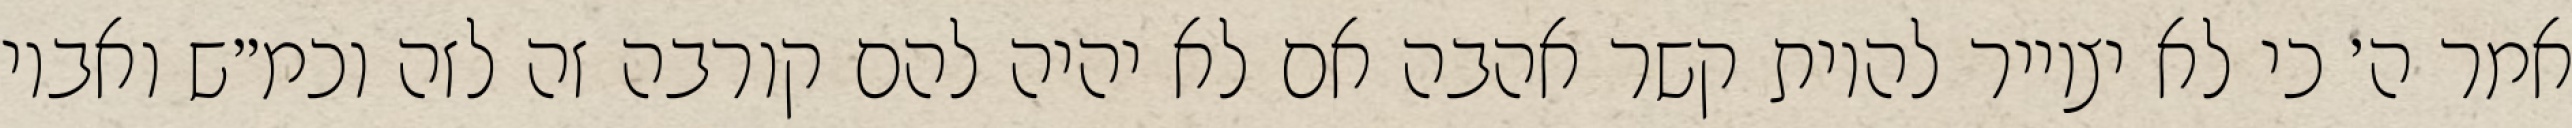
אמר ה׳ כי לא יצוייר להיות קשר אהבה אם לא יהיה להם קורבה זה לזה וכמ״ש ואביו